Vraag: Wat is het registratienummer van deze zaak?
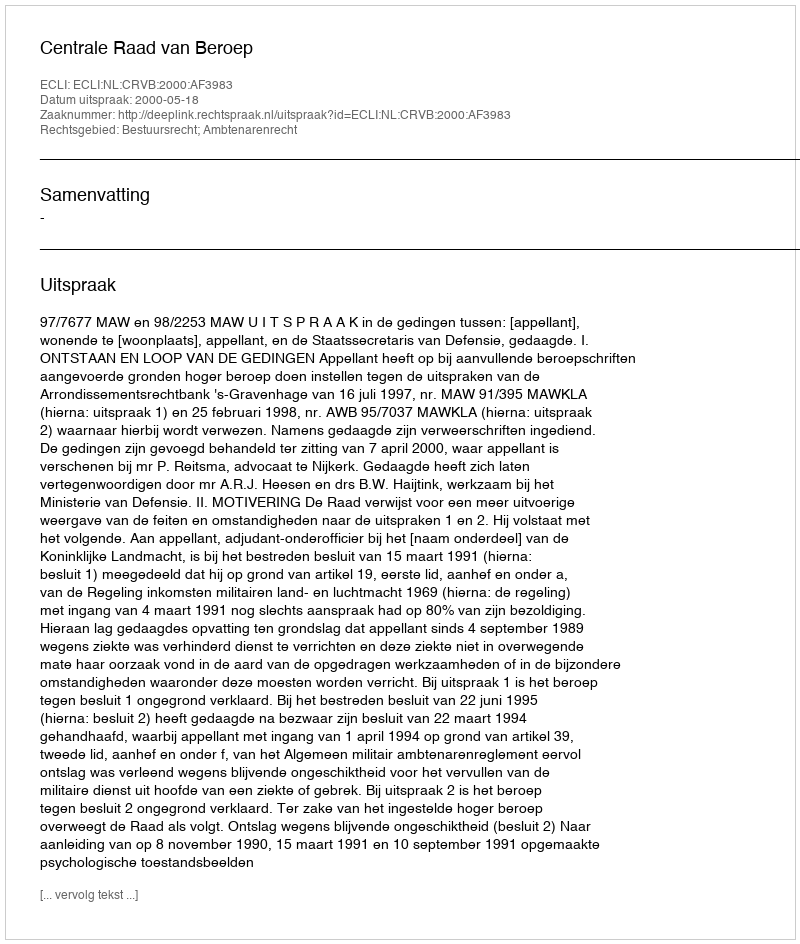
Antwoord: http://deeplink.rechtspraak.nl/uitspraak?id=ECLI:NL:CRVB:2000:AF3983